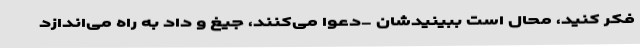
فکر کنید، محال است ببینیدشان -دعوا می‌کنند، جیغ و داد به راه می‌اندازد